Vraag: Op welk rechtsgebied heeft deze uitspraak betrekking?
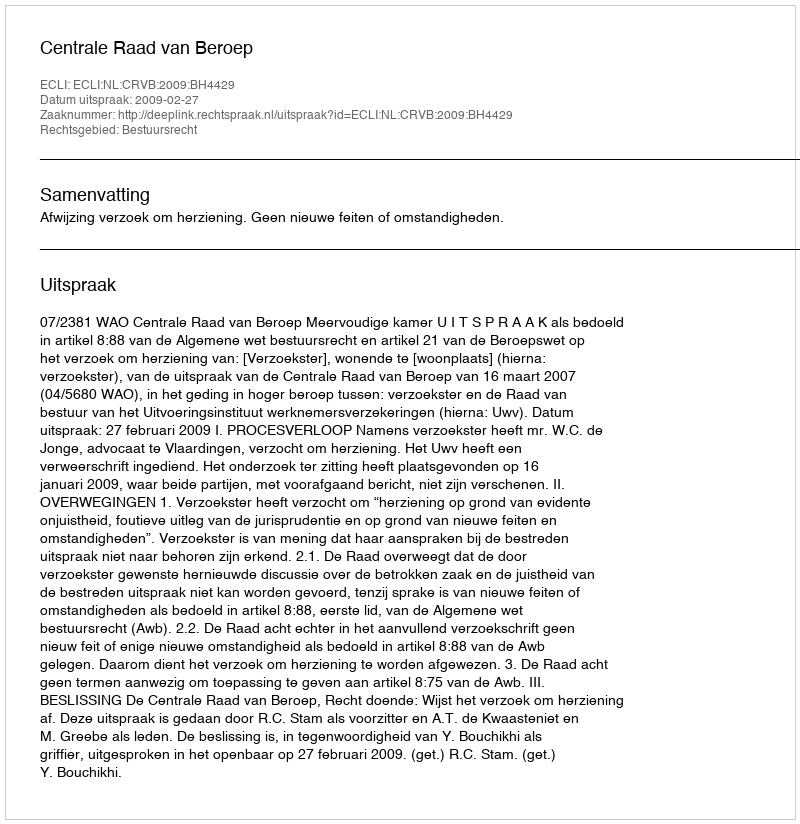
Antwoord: Bestuursrecht